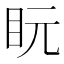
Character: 盶